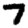
Digit: 7